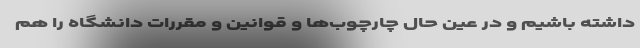
داشته باشیم و در عین حال چارچوب‌ها و قوانین و مقررات دانشگاه را هم